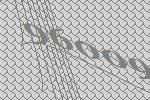
96009